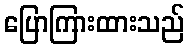
ပြောကြားထားသည်